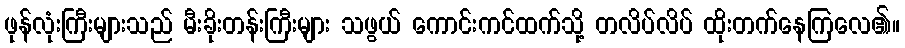
ဖုန်လုံးကြီးများသည် မီးခိုးတန်းကြီးများ သဖွယ် ကောင်းကင်ထက်သို့ တလိပ်လိပ် ထိုးတက်နေကြလေ၏။